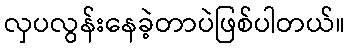
လှပလွန်းနေခဲ့တာပဲဖြစ်ပါတယ်။